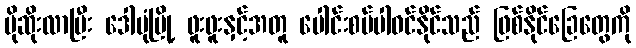
ပိုဆိုးလာပြီး ဒေါပုံမြို့ ဖူးဖူးနှင့်အတူ ပေါင်းစပ်ပါဝင်နိုင်သည် ဖြစ်နိုင်ခြေတွေကို